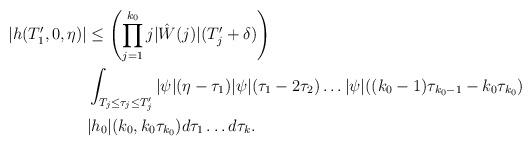
LaTeX: \begin{align*} |h(T_1',0,\eta)|&\leq \left( \prod_{j=1}^{k_0} j |\hat{W}(j)| (T_j'+\delta)\right) \\ & \int_{T_{j}\leq \tau_j \leq T_{j}'} |\psi|(\eta-\tau_1) |\psi|(\tau_1-2 \tau_2) \dots |\psi|((k_0-1)\tau_{k_0-1}- k_0\tau_{k_0}) \\ & |h_0|( k_0, k_0 \tau_{k_0}) d\tau_1 \dots d\tau_{k}.\end{align*}